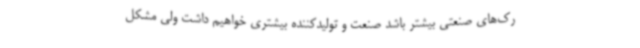
رک‌های صنعتی بیشتر باشد صنعت و تولیدکننده بیشتری خواهیم داشت ولی مشکل